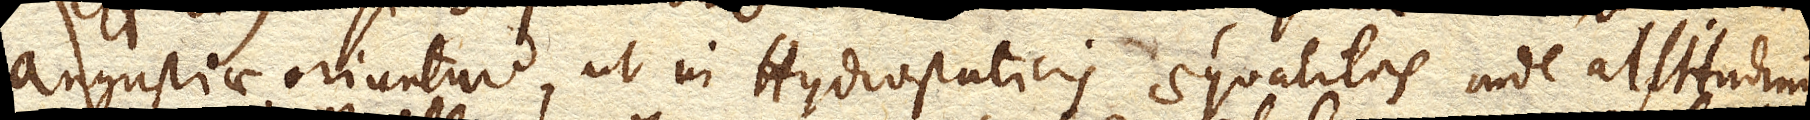
angustiae oriuntur, ut in Hydrostaticis aequalitas inde altitudinum